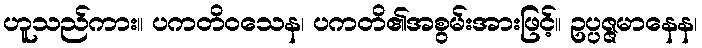
ဟူသည်ကား။ ပကတိဝသေန၊ ပကတိ၏အစွမ်းအားဖြင့်။ ဥပ္ပဇ္ဇမာနေန၊